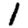
Digit: 1